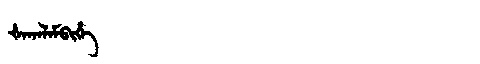
Manchu: ᡧᠠᡴᠠᠯᠠᠮᠪᡳᡥᡝ
Romanization: ŠAKALAMBIHE